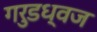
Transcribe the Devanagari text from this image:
गरुडध्वज